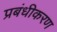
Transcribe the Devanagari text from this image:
प्रबंधीकरण